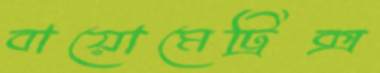
বায়োমেট্রিক্স